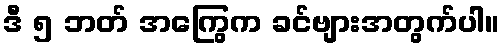
ဒီ ၅ ဘတ် အကြွေက ခင်ဗျားအတွက်ပါ။